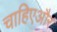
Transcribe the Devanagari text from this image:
चाहिएऔर